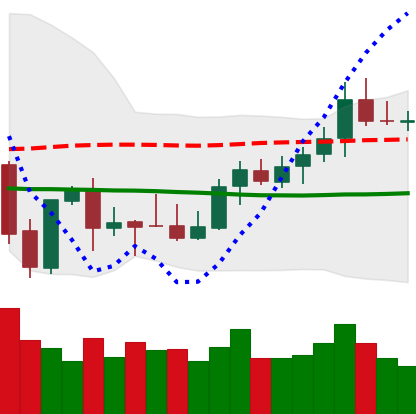
Ticker: XMR-USD
Chart end date: 2021-10-09
Forward return: -4.245%
Label: down_3_5